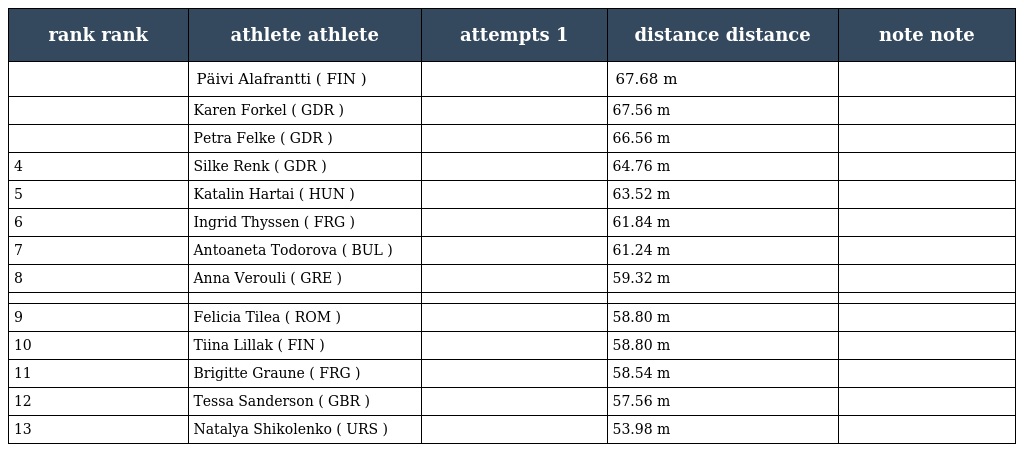
| rank rank | athlete athlete | attempts 1 | distance distance | note note |
 | --- | --- | --- | --- | --- |
 |  | Päivi Alafrantti ( FIN ) |  | 67.68 m |  |
 |  | Karen Forkel ( GDR ) |  | 67.56 m |  |
 |  | Petra Felke ( GDR ) |  | 66.56 m |  |
 | 4 | Silke Renk ( GDR ) |  | 64.76 m |  |
 | 5 | Katalin Hartai ( HUN ) |  | 63.52 m |  |
 | 6 | Ingrid Thyssen ( FRG ) |  | 61.84 m |  |
 | 7 | Antoaneta Todorova ( BUL ) |  | 61.24 m |  |
 | 8 | Anna Verouli ( GRE ) |  | 59.32 m |  |
 |  |  |  |  |  |
 | 9 | Felicia Tilea ( ROM ) |  | 58.80 m |  |
 | 10 | Tiina Lillak ( FIN ) |  | 58.80 m |  |
 | 11 | Brigitte Graune ( FRG ) |  | 58.54 m |  |
 | 12 | Tessa Sanderson ( GBR ) |  | 57.56 m |  |
 | 13 | Natalya Shikolenko ( URS ) |  | 53.98 m |  |